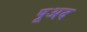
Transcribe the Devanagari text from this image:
पूअद